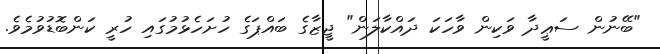
"ބޭނުން ސަޢީދާ ވަކިން ވާހަކަ ދައްކާލަން" ޖީޒާގެ ބައްޕަގެ ހުށަހެޅުމުގައި ހުރީ ކަންބޮޑުވުމެވެ.